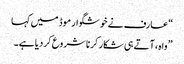
“ عارف نے خوشگوار موڈ میں کہا
” واہ ، آتے ہی شکار کرنا شروع کردیا ہے۔